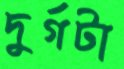
দুর্গটা